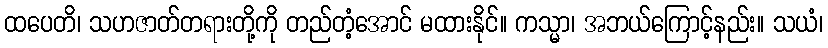
ထပေတိ၊ သဟဇာတ်တရားတို့ကို တည်တံ့အောင် မထားနိုင်။ ကသ္မာ၊ အဘယ်ကြောင့်နည်း။ သယံ၊